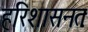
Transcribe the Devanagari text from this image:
हरिशासनतः